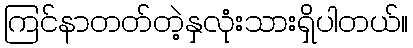
ကြင်နာတတ်တဲ့နှလုံးသားရှိပါတယ်။